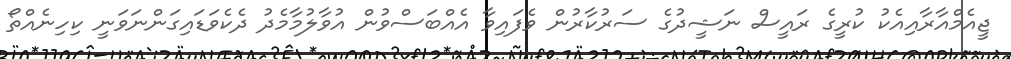
ޖީއެމްއާރާއިއެކު ކުރީގެ ރައީސް ނަޝީދުގެ ސަރުކާރުން ވެފައިވާ އެއްބަސްވުން އުވާލުމާމެދު ދެކެވަޑައިގަންނަވަނީ ކިހިނެއްތޯ